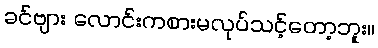
ခင်ဗျား လောင်းကစားမလုပ်သင့်တော့ဘူး။